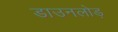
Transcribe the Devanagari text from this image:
डाउनलोड़